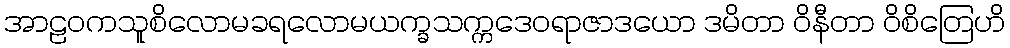
အာဠဝကသူစိလောမခရလောမယက္ခသက္ကဒေဝရာဇာဒယော ဒမိတာ ဝိနီတာ ဝိစိတြေဟိ